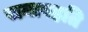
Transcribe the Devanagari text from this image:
समावहति